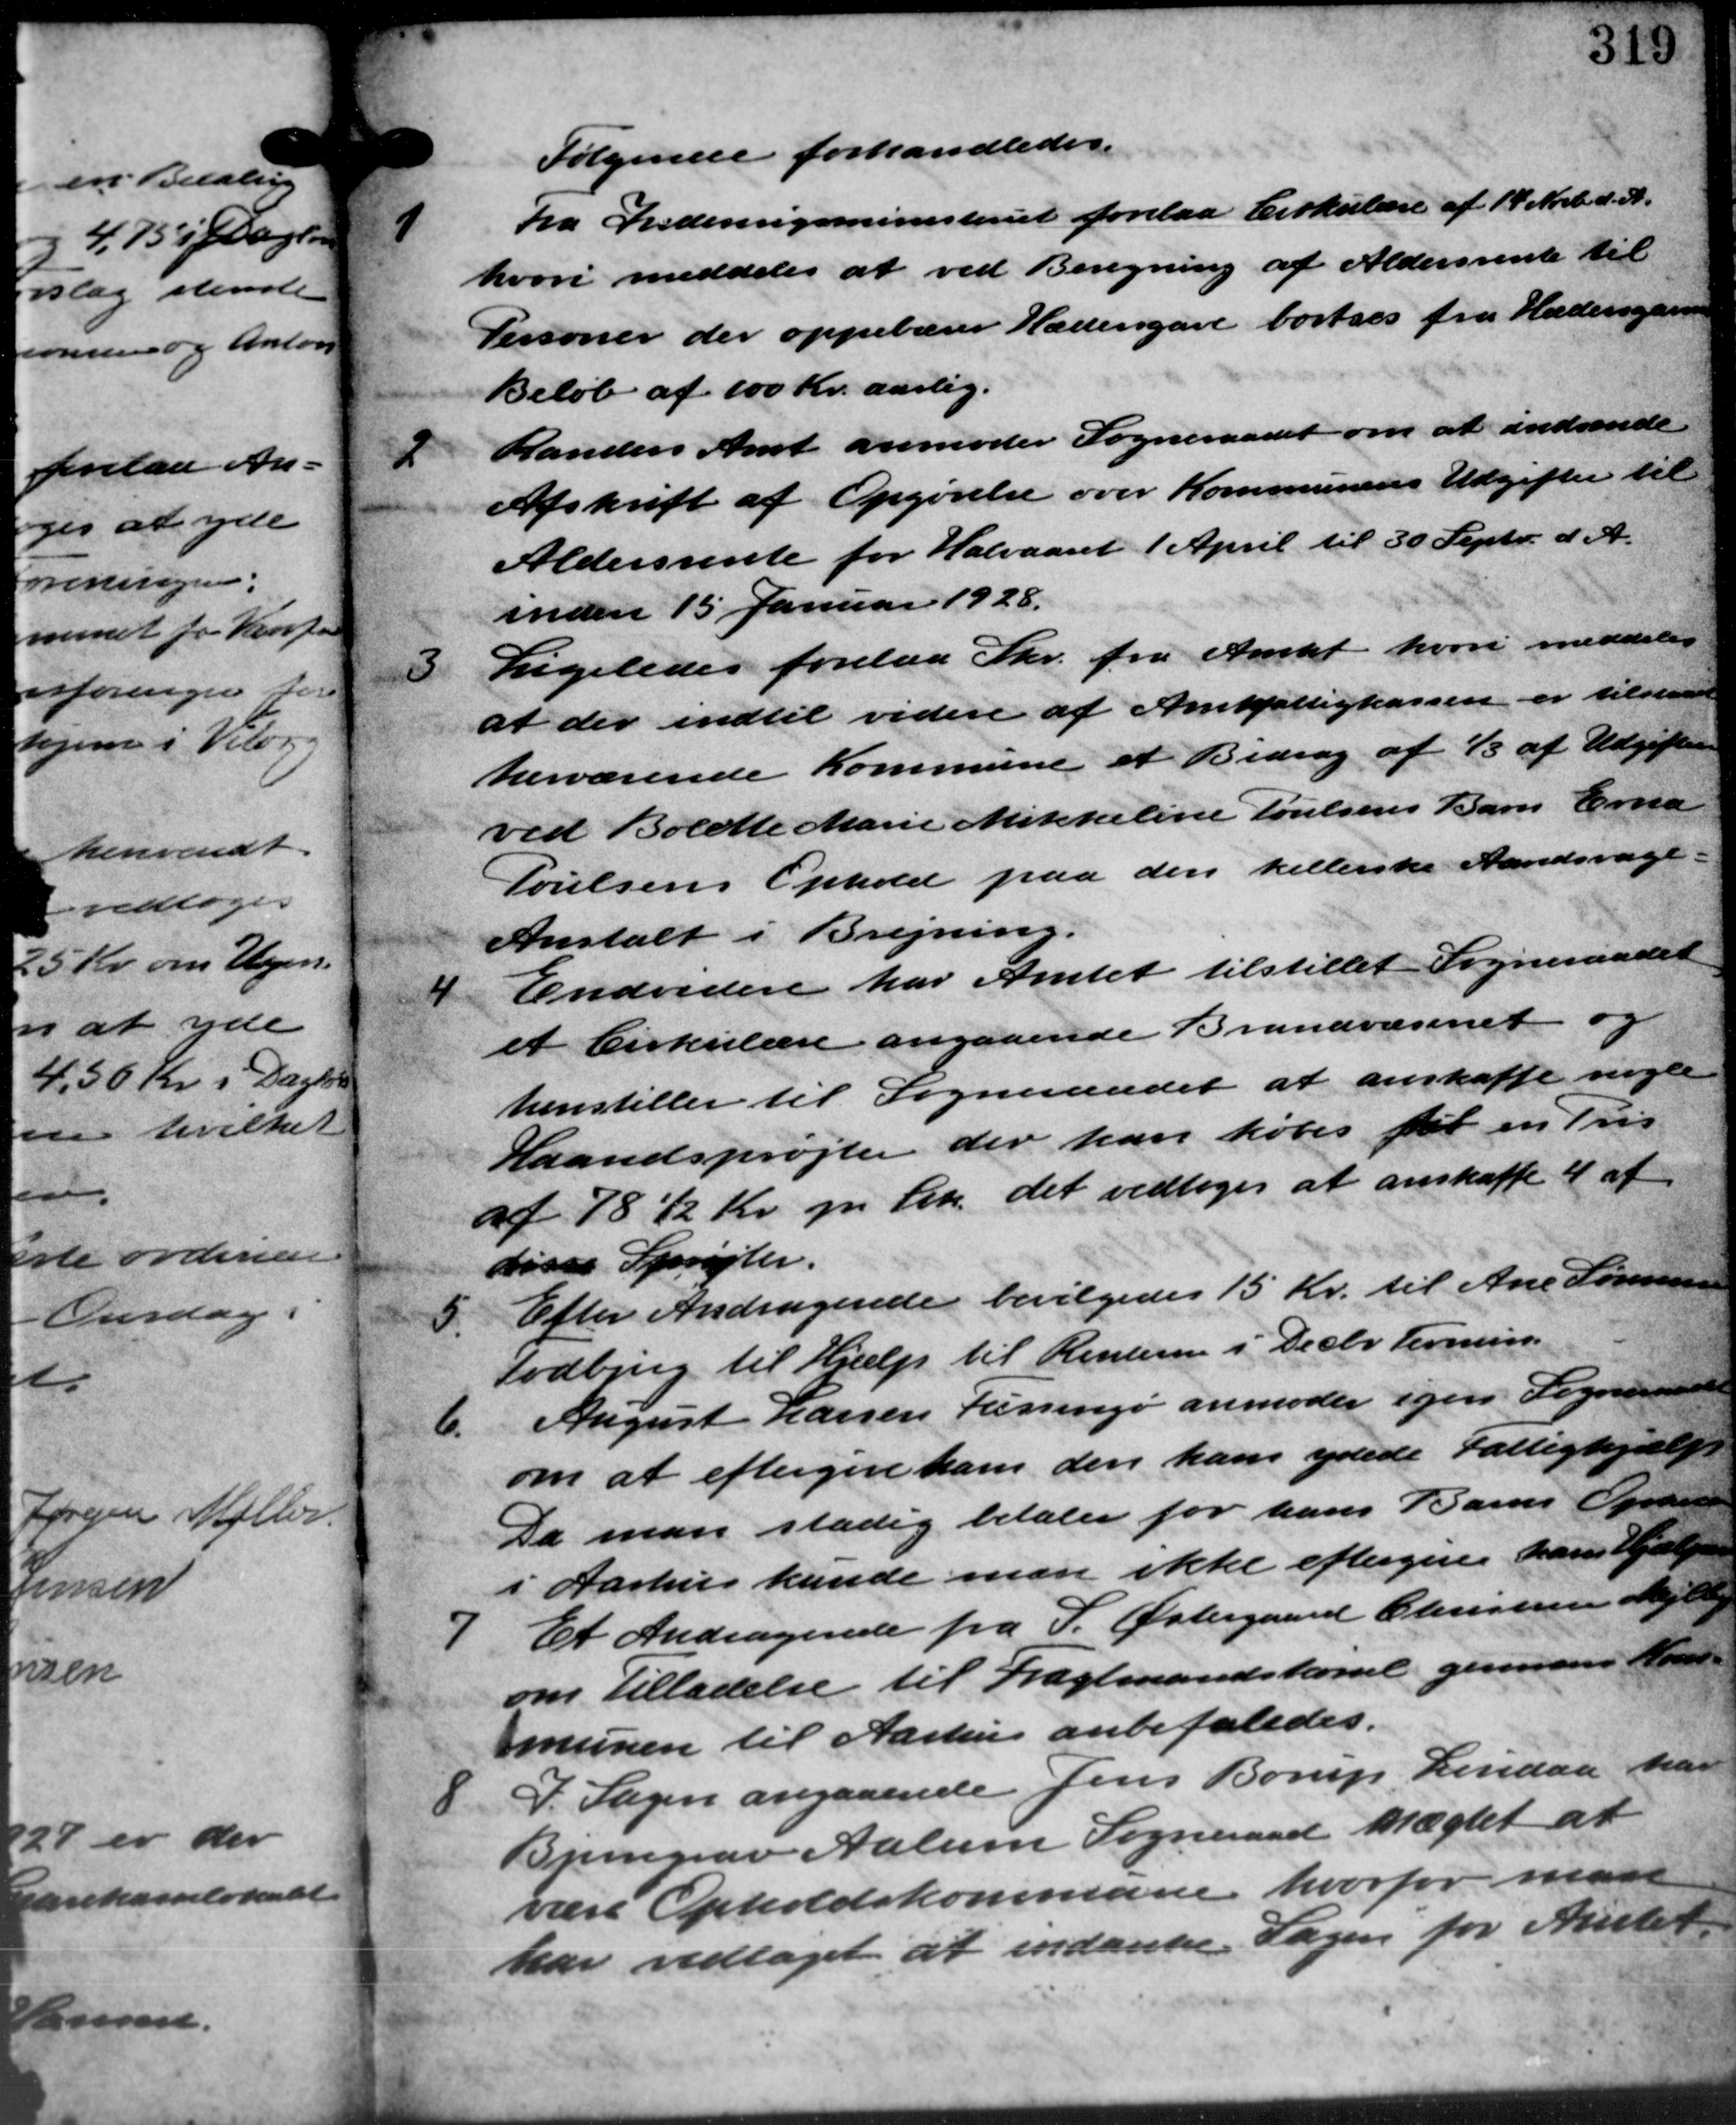
Transskription:
Følgende forhandledes.
1
Fra Indenrigsministeriet forelaa Cirkulære af 14 Novbr. d. A.
hvori meddeles at ved Beregning af Aldersrente til
Personer der oppebærer Hædergave bortres fra Hædersgaa
Beløb af 100 Kr. aarlig.
2
Randers Amt anmoder Sogneraadet om at indsende
Afskrift af Opgørelse over Kommunens Udgifter til
Aldersrente for Halvaaret 1 April til 30 Septr. d. A.
inden 15 Januar 1928.
3.
Ligeledes forelaa Skr. fra Amtet hvori meddeler
at der indtil videre af Amtsfattigkassen er tilstaaet
herværende Kommune et Bidrag af 1/3 af Udgifterne
ved Bolette Marie Mikkeline Poulsens Barn Erna
Poulsens Ophold paa den kellerske Aaredsvage-
Anstalt i Brejning.
4
Endvidere har Amtet tilstillet Sogneraadet
et Cirkulære angaaende Brandvæsenet og
henstiller til Sogneraadet at anskaffe nogle
Haandsprøjter der kan købes før en Pris
af 78 Kr. pr. Stk. det vedtoges at anskaffe 4 af
disse Sprøjter.
5.
Efter Andragende bevilgedes 15 Kr. til Ane Sørensen
Todbjerg til Hjælp til Renteren i Decbr. Termin.
6.
August Larsen Kissings anmoder igen Sogneraadet
om at eftergive ham den ham ydede Fattighjælp
Da man stadig betaler for hans Barns Oprense
i Aarhus kunde man ikke eftergives ham Hjælpen
7
Et Andragende fra S. Østergaard Christensen Mejlby
om Tilladelse til Fragtmandskort gennem Aand
munen til Aarhus anbefaledes.
8
P. Sagen angaaende Jens Borup, Lindaa har
Bumgaar Aalum Sogneraad slægtet at
være Opholdskommune hvorfor man
har vedtaget at indanke. Sagen for Amtet.